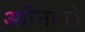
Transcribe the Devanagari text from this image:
अन्निबले